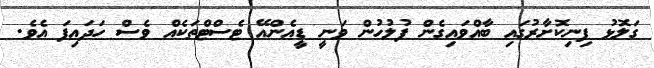
ގަލޮޅު ފިނިކޮށާރުގައި ބާއްވައިގެން ފުލުހުން ވަނީ ޑީއެންއޭ ޓެސްޓްތަކެއް ވެސް ހަދައިފަ އެވެ.